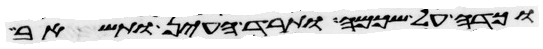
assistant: וכדה על שכמה ותרד העין ותשאב